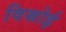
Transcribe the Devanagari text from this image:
विस्रोई